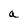
Character: a